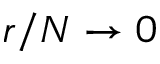
r / N \to 0